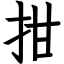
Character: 拑